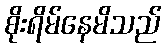
စိုးရိမ်နေမိသည်